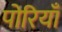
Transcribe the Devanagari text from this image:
पोरियाँ